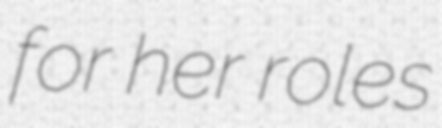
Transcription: for her roles